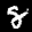
Label: 8